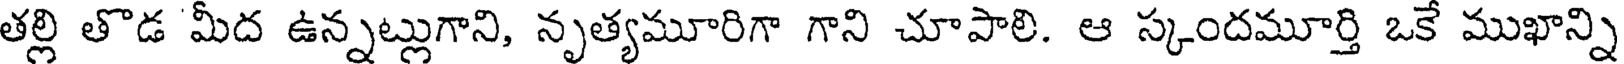
తల్లి తొడ మీద ఉన్నట్లుగాని, నృత్యమూరిగా గాని చూపాలి. ఆ స్కందమూర్తి ఒకే ముఖాన్ని